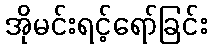
အိုမင်းရင့်ရော်ခြင်း